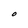
Character: O